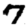
Digit: 7